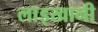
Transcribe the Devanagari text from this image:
लाड्खानी